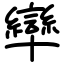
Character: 卛